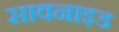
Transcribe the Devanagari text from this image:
सावनाइड